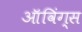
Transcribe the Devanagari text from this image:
ऑविंग्स